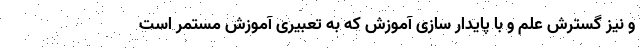
و نیز گسترش علم و با پایدار سازی آموزش که به تعبیری آموزش مستمر است